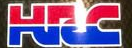
HRC